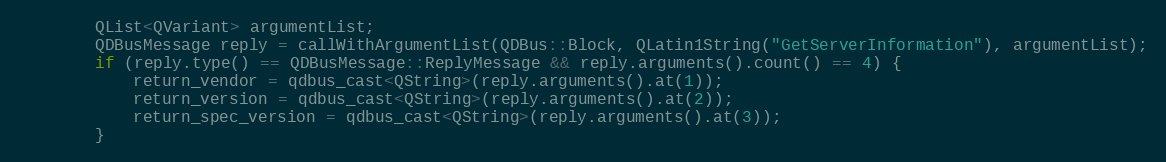
Language: C
        QList<QVariant> argumentList;
        QDBusMessage reply = callWithArgumentList(QDBus::Block, QLatin1String("GetServerInformation"), argumentList);
        if (reply.type() == QDBusMessage::ReplyMessage && reply.arguments().count() == 4) {
            return_vendor = qdbus_cast<QString>(reply.arguments().at(1));
            return_version = qdbus_cast<QString>(reply.arguments().at(2));
            return_spec_version = qdbus_cast<QString>(reply.arguments().at(3));
        }